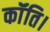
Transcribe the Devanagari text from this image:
कॉंति।